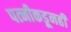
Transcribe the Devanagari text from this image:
पत्‍नीकडूनही